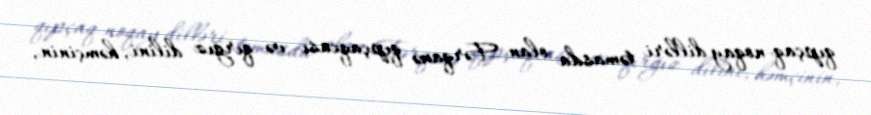
qıpçaq-noqay dilləri təmasda olan Fərqanə qıpçaqcası və qırğız dilini, həmçinin,